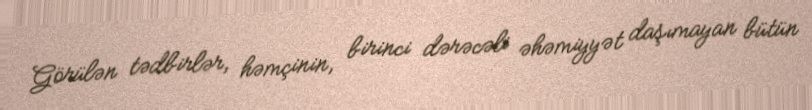
Görülən tədbirlər, həmçinin, birinci dərəcəli əhəmiyyət daşımayan bütün